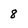
Character: 8